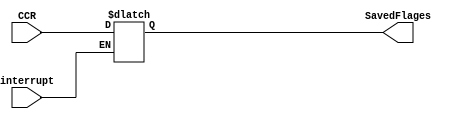
module SavedFlages (
    input interrupt,
    input [3:0] CCR,
    output reg [3:0] SavedFlages
);

initial begin
    SavedFlages = 0;
end

always @(*) begin
    if(interrupt) SavedFlages = CCR;
    else SavedFlages=SavedFlages;
end
    
endmodule